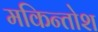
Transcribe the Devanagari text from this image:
मकिन्तोश